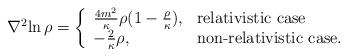
\begin{align*}{{\nabla}^2} {\ln{\rho}} = \left\{ \begin{array}{ll} {4m^2 \over \kappa } \rho {( 1 - {\rho \over \kappa})}, & \mbox{relativistic case} \cr - {2 \over \kappa } \rho , & \mbox{non-relativistic case.} \end{array} \right.\end{align*}